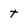
Character: T